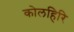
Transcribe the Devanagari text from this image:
कोलहिरि